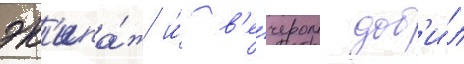
эк'ипа́ж и́ в'е́чером доб'и́л